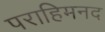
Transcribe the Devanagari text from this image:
पराहिमनद